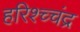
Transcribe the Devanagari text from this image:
हरिश्च्चंद्र